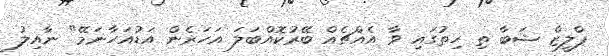
ޕްލީޒް ޝަބާ ތި ހިތުގައި ވާ އެއްޗެއް ބޭރުކޮއްބަލަ އަހަރެން އަޑުއަހާނަމޭ" ނާއިލު